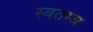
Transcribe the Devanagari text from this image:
स्वतम्त्र